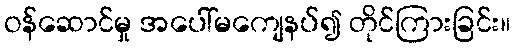
ဝန်ဆောင်မှု အပေါ်မကျေနပ်၍ တိုင်ကြားခြင်း။